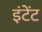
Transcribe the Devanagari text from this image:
इंटेंट